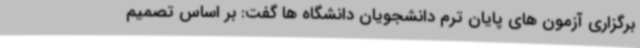
برگزاری آزمون های پایان ترم دانشجویان دانشگاه ها گفت: بر اساس تصمیم